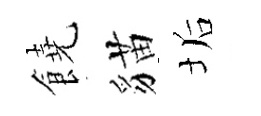
饒貓垢